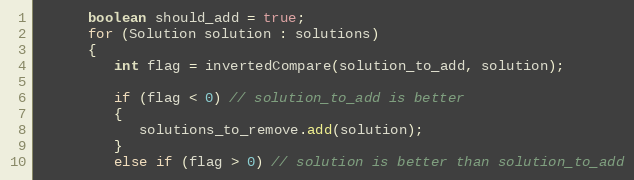
Language: Java
      boolean should_add = true;
      for (Solution solution : solutions)
      {
         int flag = invertedCompare(solution_to_add, solution);

         if (flag < 0) // solution_to_add is better
         {
            solutions_to_remove.add(solution);
         }
         else if (flag > 0) // solution is better than solution_to_add